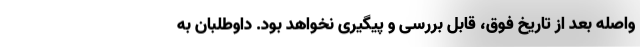
واصله بعد از تاریخ فوق، قابل بررسی و پیگیری نخواهد بود. داوطلبان به